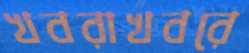
খবরাখবরে